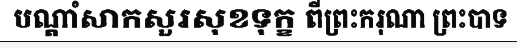
បណ្តាំសាកសួរសុខទុក្ខ ពីព្រះករុណា ព្រះបាទ